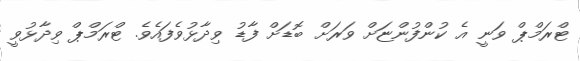
ޓްރަމްޕް ވަނީ އެ ކުންފުންޏަށް ވަރަށް ބޮޑަށް ފާޑު ވިދާޅުވެފައެވެ. ޓްރަމްޕް ވިދާޅުވީ